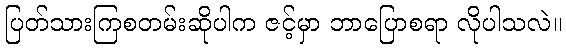
ပြတ်သားကြစတမ်းဆိုပါက ဇင့်မှာ ဘာပြောစရာ လိုပါသလဲ။